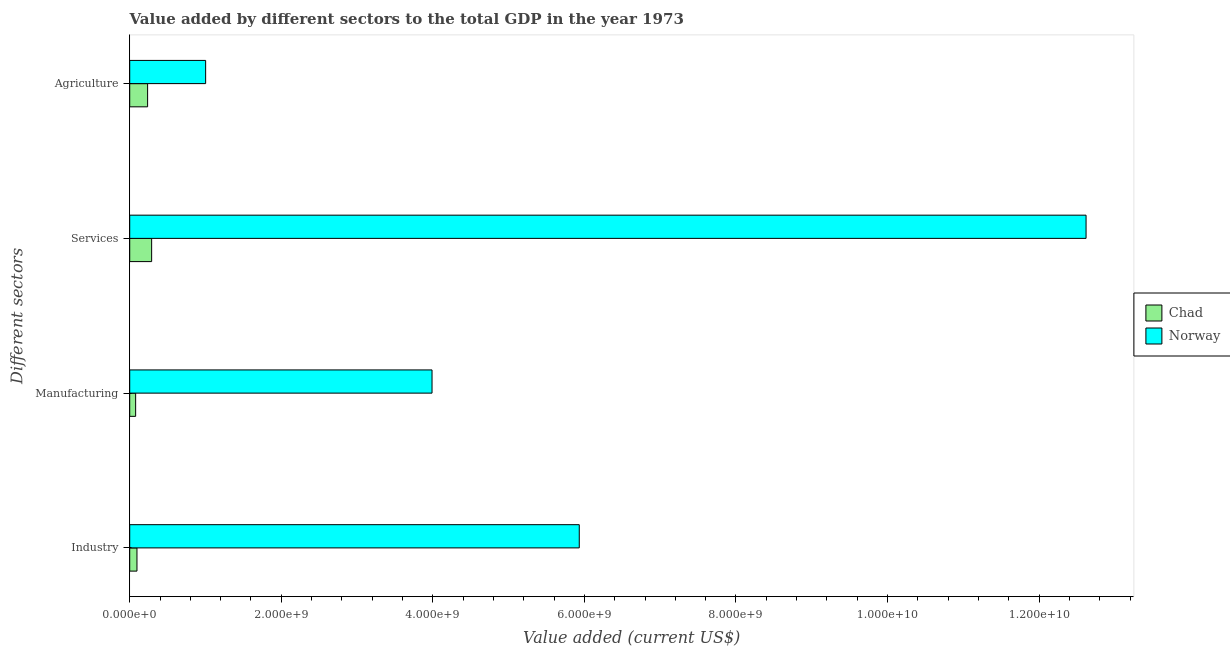
| Different sectors | Chad | Norway |
 | --- | --- | --- |
 | Industry | 9.56e+07 | 5.93e+09 |
 | Manufacturing | 7.81e+07 | 3.99e+09 |
 | Services | 2.89e+08 | 1.26e+10 |
 | Agriculture | 2.36e+08 | 1e+09 |